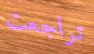
تراجعت